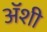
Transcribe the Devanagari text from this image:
अॅशी